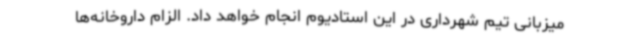
میزبانی تیم شهرداری در این استادیوم انجام خواهد داد. الزام داروخانه‌ها